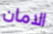
الامان